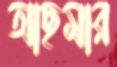
আছমার